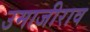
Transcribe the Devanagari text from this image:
उमाजीराव